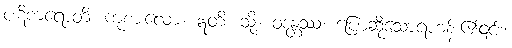
ပဋိကရောတိ၊ ကုစားလော့။ ဣတိ၊ သို့။ ဝဒန္တဿ၊ ပြောဆိုသောရဟန်း၏၎င်း။